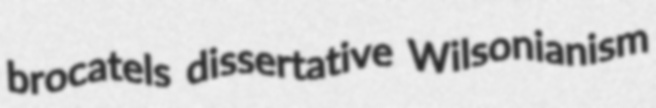
brocatels dissertative Wilsonianism